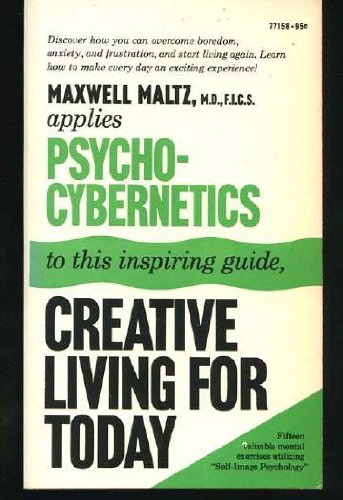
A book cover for Psycho-Cybernetic Principles for Creative Living; Maxwell Maltz; Computers & Technology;